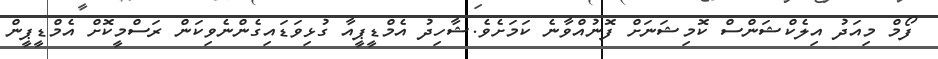
ފޯމް މިއަދު އިލެކްޝަންސް ކޮމިޝަނަށް ފޮނުއްވާނެ ކަމަށެވެ.ޝާހިދު އެމްޑީޕީއާ ގުޅިވަޑައިގެންނެވިކަން ރަސްމީކޮށް އެމްޑީޕީން